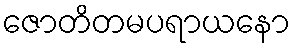
ဇောတိတမပရာယနော